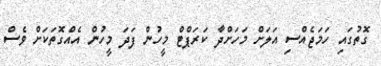
ގޮތުގައި ހަމަޖެއްސި އަލަށް މަހަށްދާ ކަރަޕްޓް މީހުން ފަދަ މީހުން އެއްގޮތަކަށް ވެސް